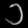
Digit: ၁